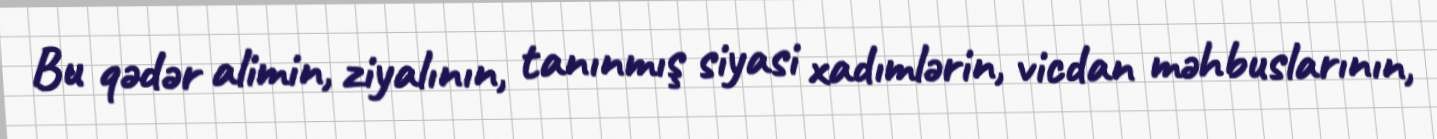
Bu qədər alimin, ziyalının, tanınmış siyasi xadımlərin, vicdan məhbuslarının,